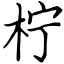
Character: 柠